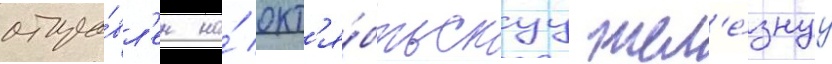
отпра́вл'ен на́ окт'я́брьскуу жел'е́знуу